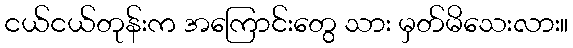
ငယ်ငယ်တုန်းက အကြောင်းတွေ သား မှတ်မိသေးလား။